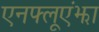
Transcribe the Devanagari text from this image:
एनफ्लूएंझा